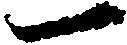
一